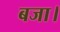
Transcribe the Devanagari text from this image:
बजा।